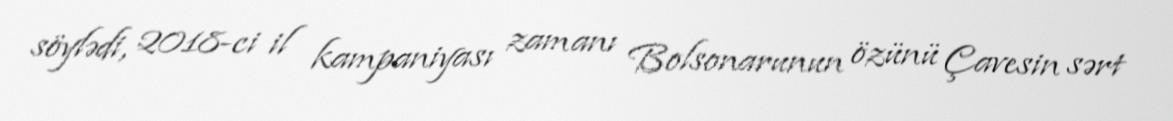
söylədi, 2018-ci il kampaniyası zamanı Bolsonarunun özünü Çavesin sərt